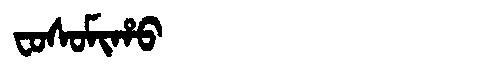
Manchu: ᠸᠣᠰᠣᠮᡳᡥᠣ
Romanization: FOSOMIHO